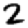
Digit: 2